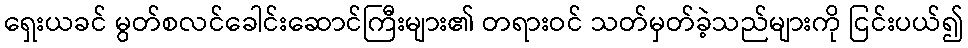
ရှေးယခင် မွတ်စလင်ခေါင်းဆောင်ကြီးများ၏ တရားဝင် သတ်မှတ်ခဲ့သည်များကို ငြင်းပယ်၍